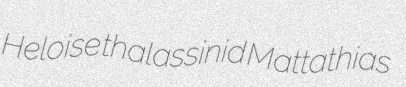
Heloise thalassinid Mattathias